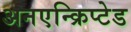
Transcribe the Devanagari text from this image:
अनएन्क्रिप्टेड